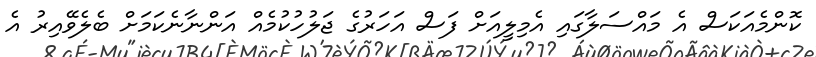
ކޮންމެއަކަސް އެ މައްސަލާގައި އެމިލީއަށް ފަސް އަހަރުގެ ޖަލުހުކުމެއް އަންނާނެކަމަށް ބެލެވޭއިރު އެ